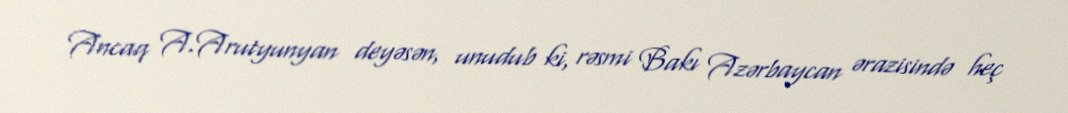
Ancaq A.Arutyunyan deyəsən, unudub ki, rəsmi Bakı Azərbaycan ərazisində heç